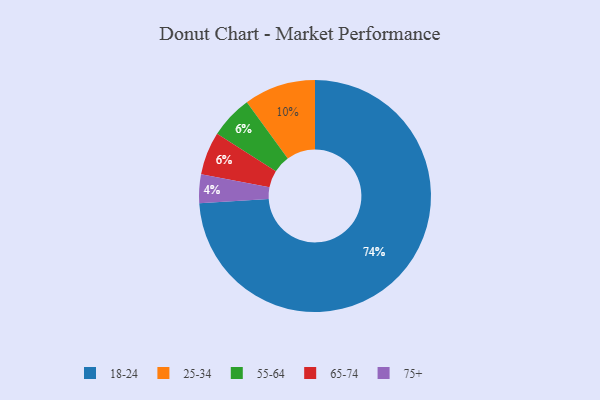
{"axis": {"x": "Category", "y": "Percentage"}, "legend": ["18-24", "25-34", "55-64", "65-74", "75+"], "data": [{"x": "25-34", "y": 10, "type": "25-34"}, {"x": "18-24", "y": 74, "type": "18-24"}, {"x": "55-64", "y": 6, "type": "55-64"}, {"x": "75+", "y": 4, "type": "75+"}, {"x": "65-74", "y": 6, "type": "65-74"}]}